Bréfritari: Skúli Bergþórsson
Viðtakandi: Jón Borgfirðingur
Dagsetning: A-1865-02-15
Skrifað á: Meyjarland  Skag.

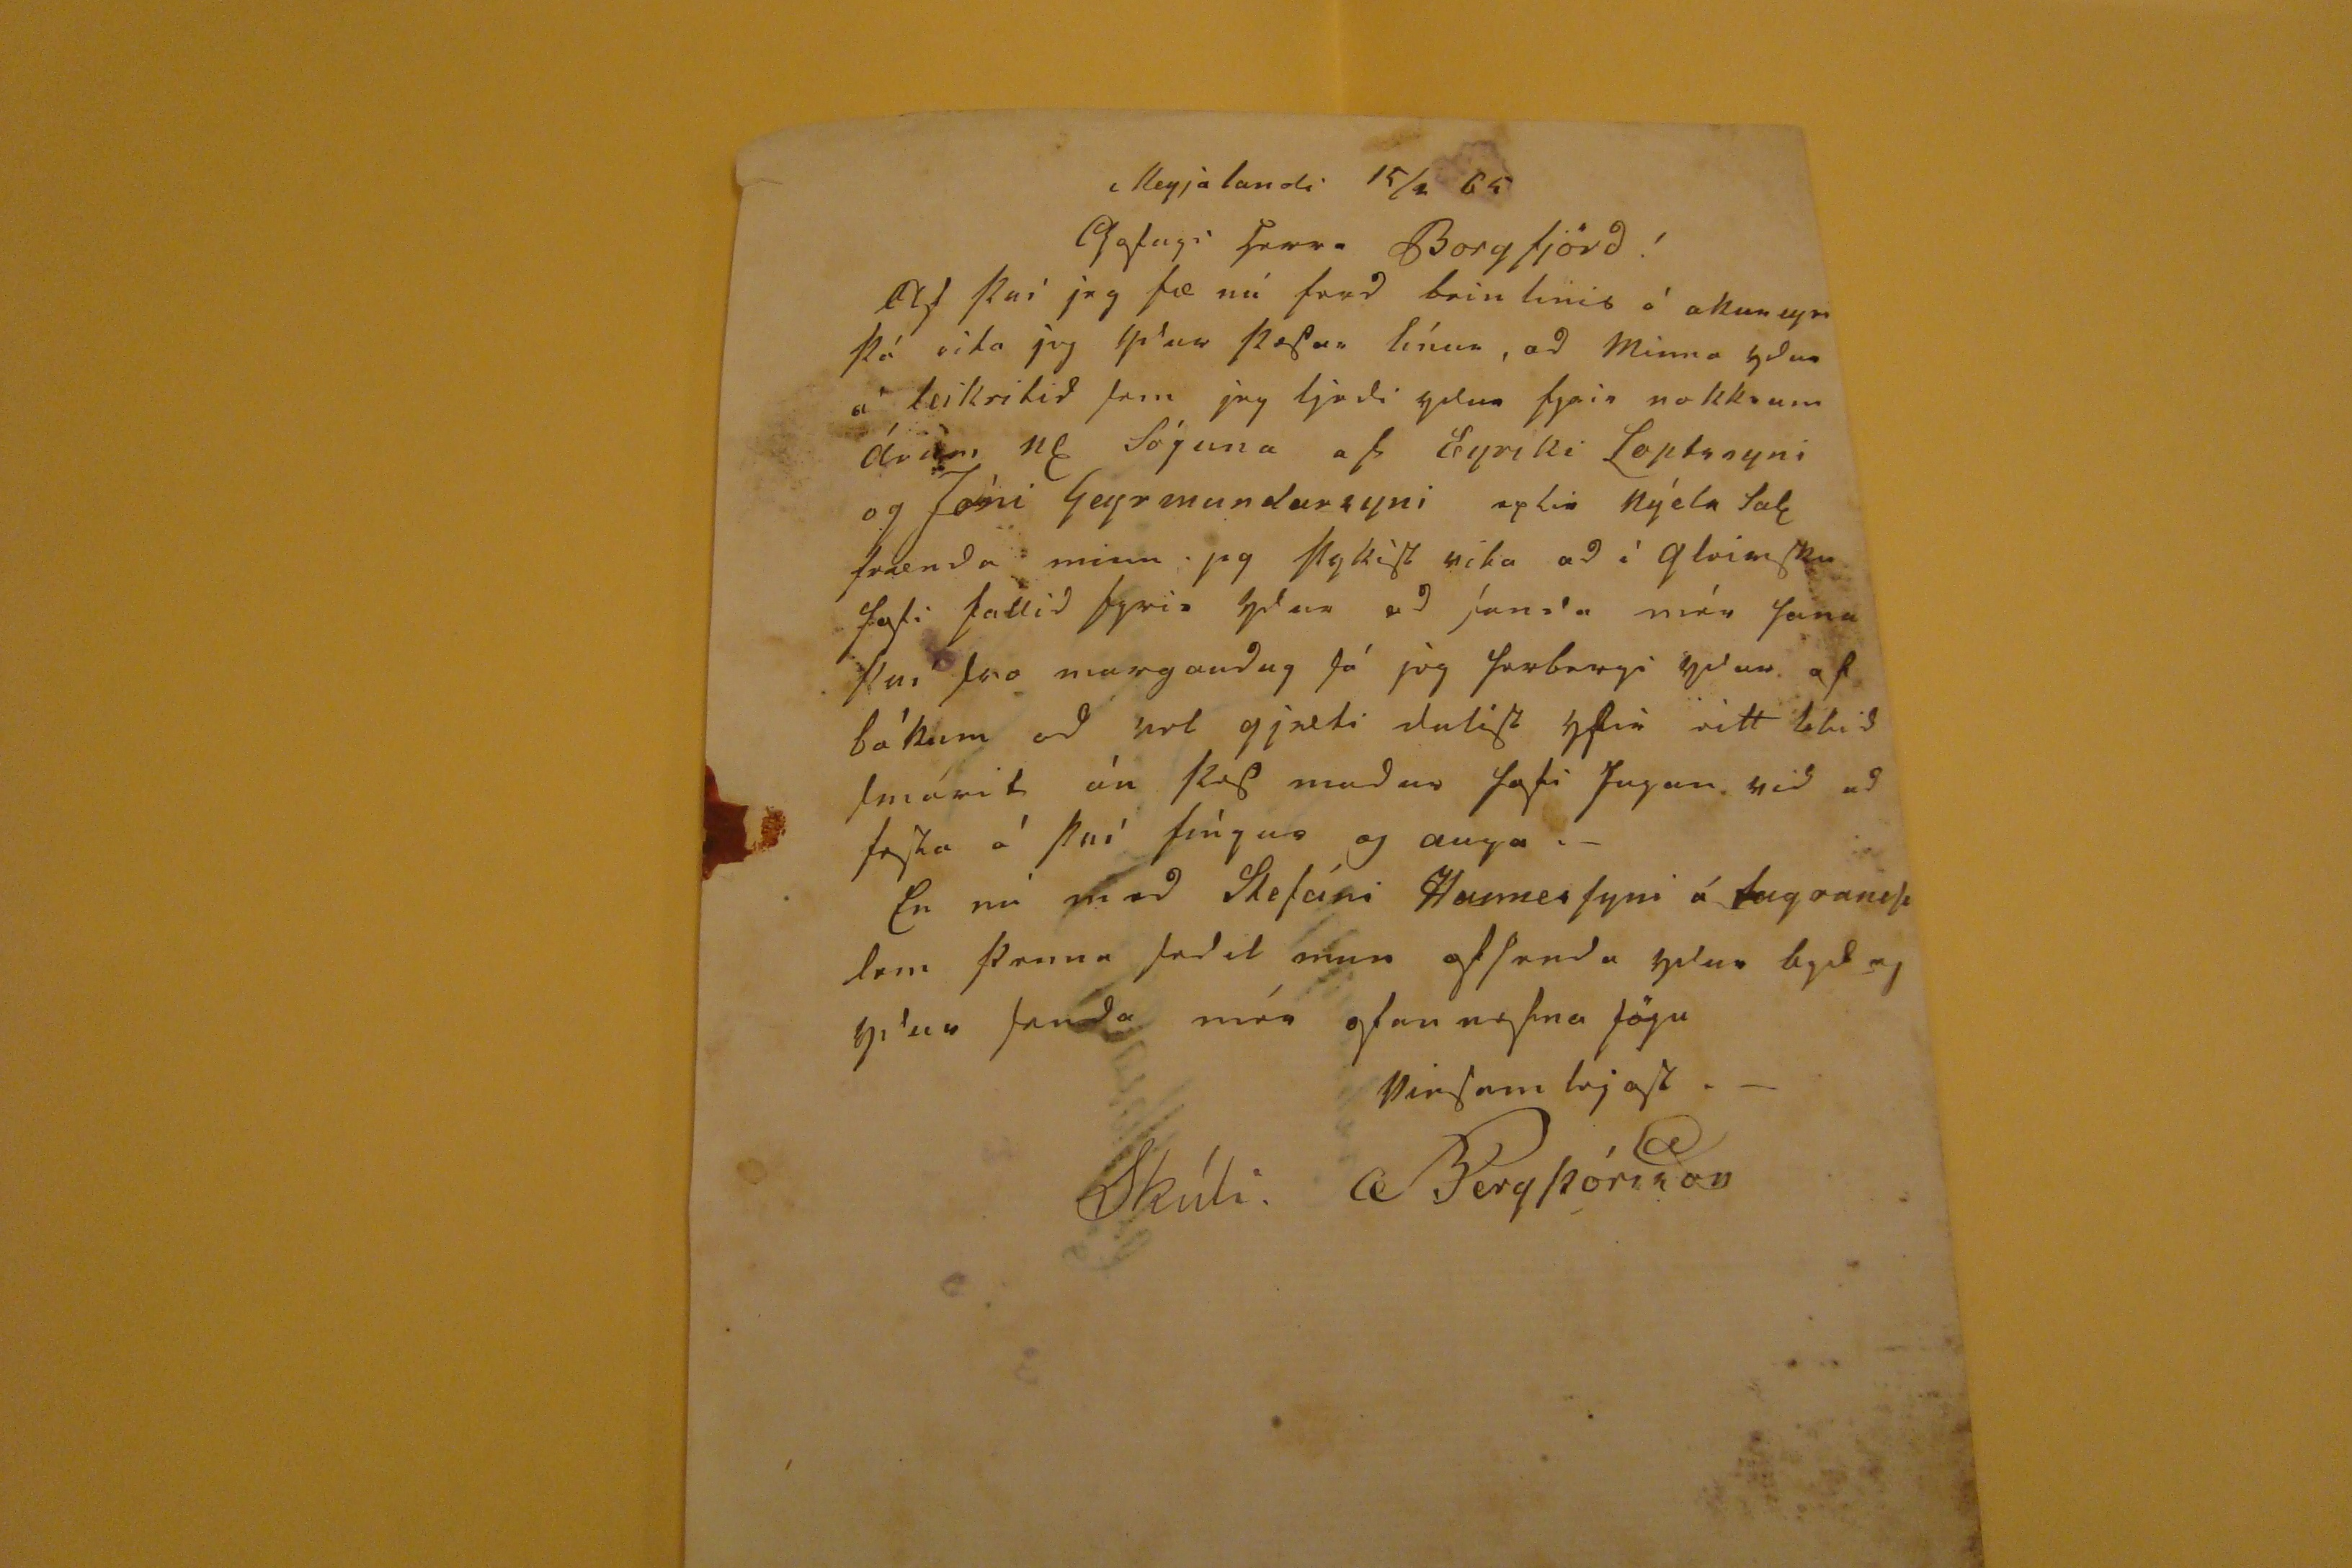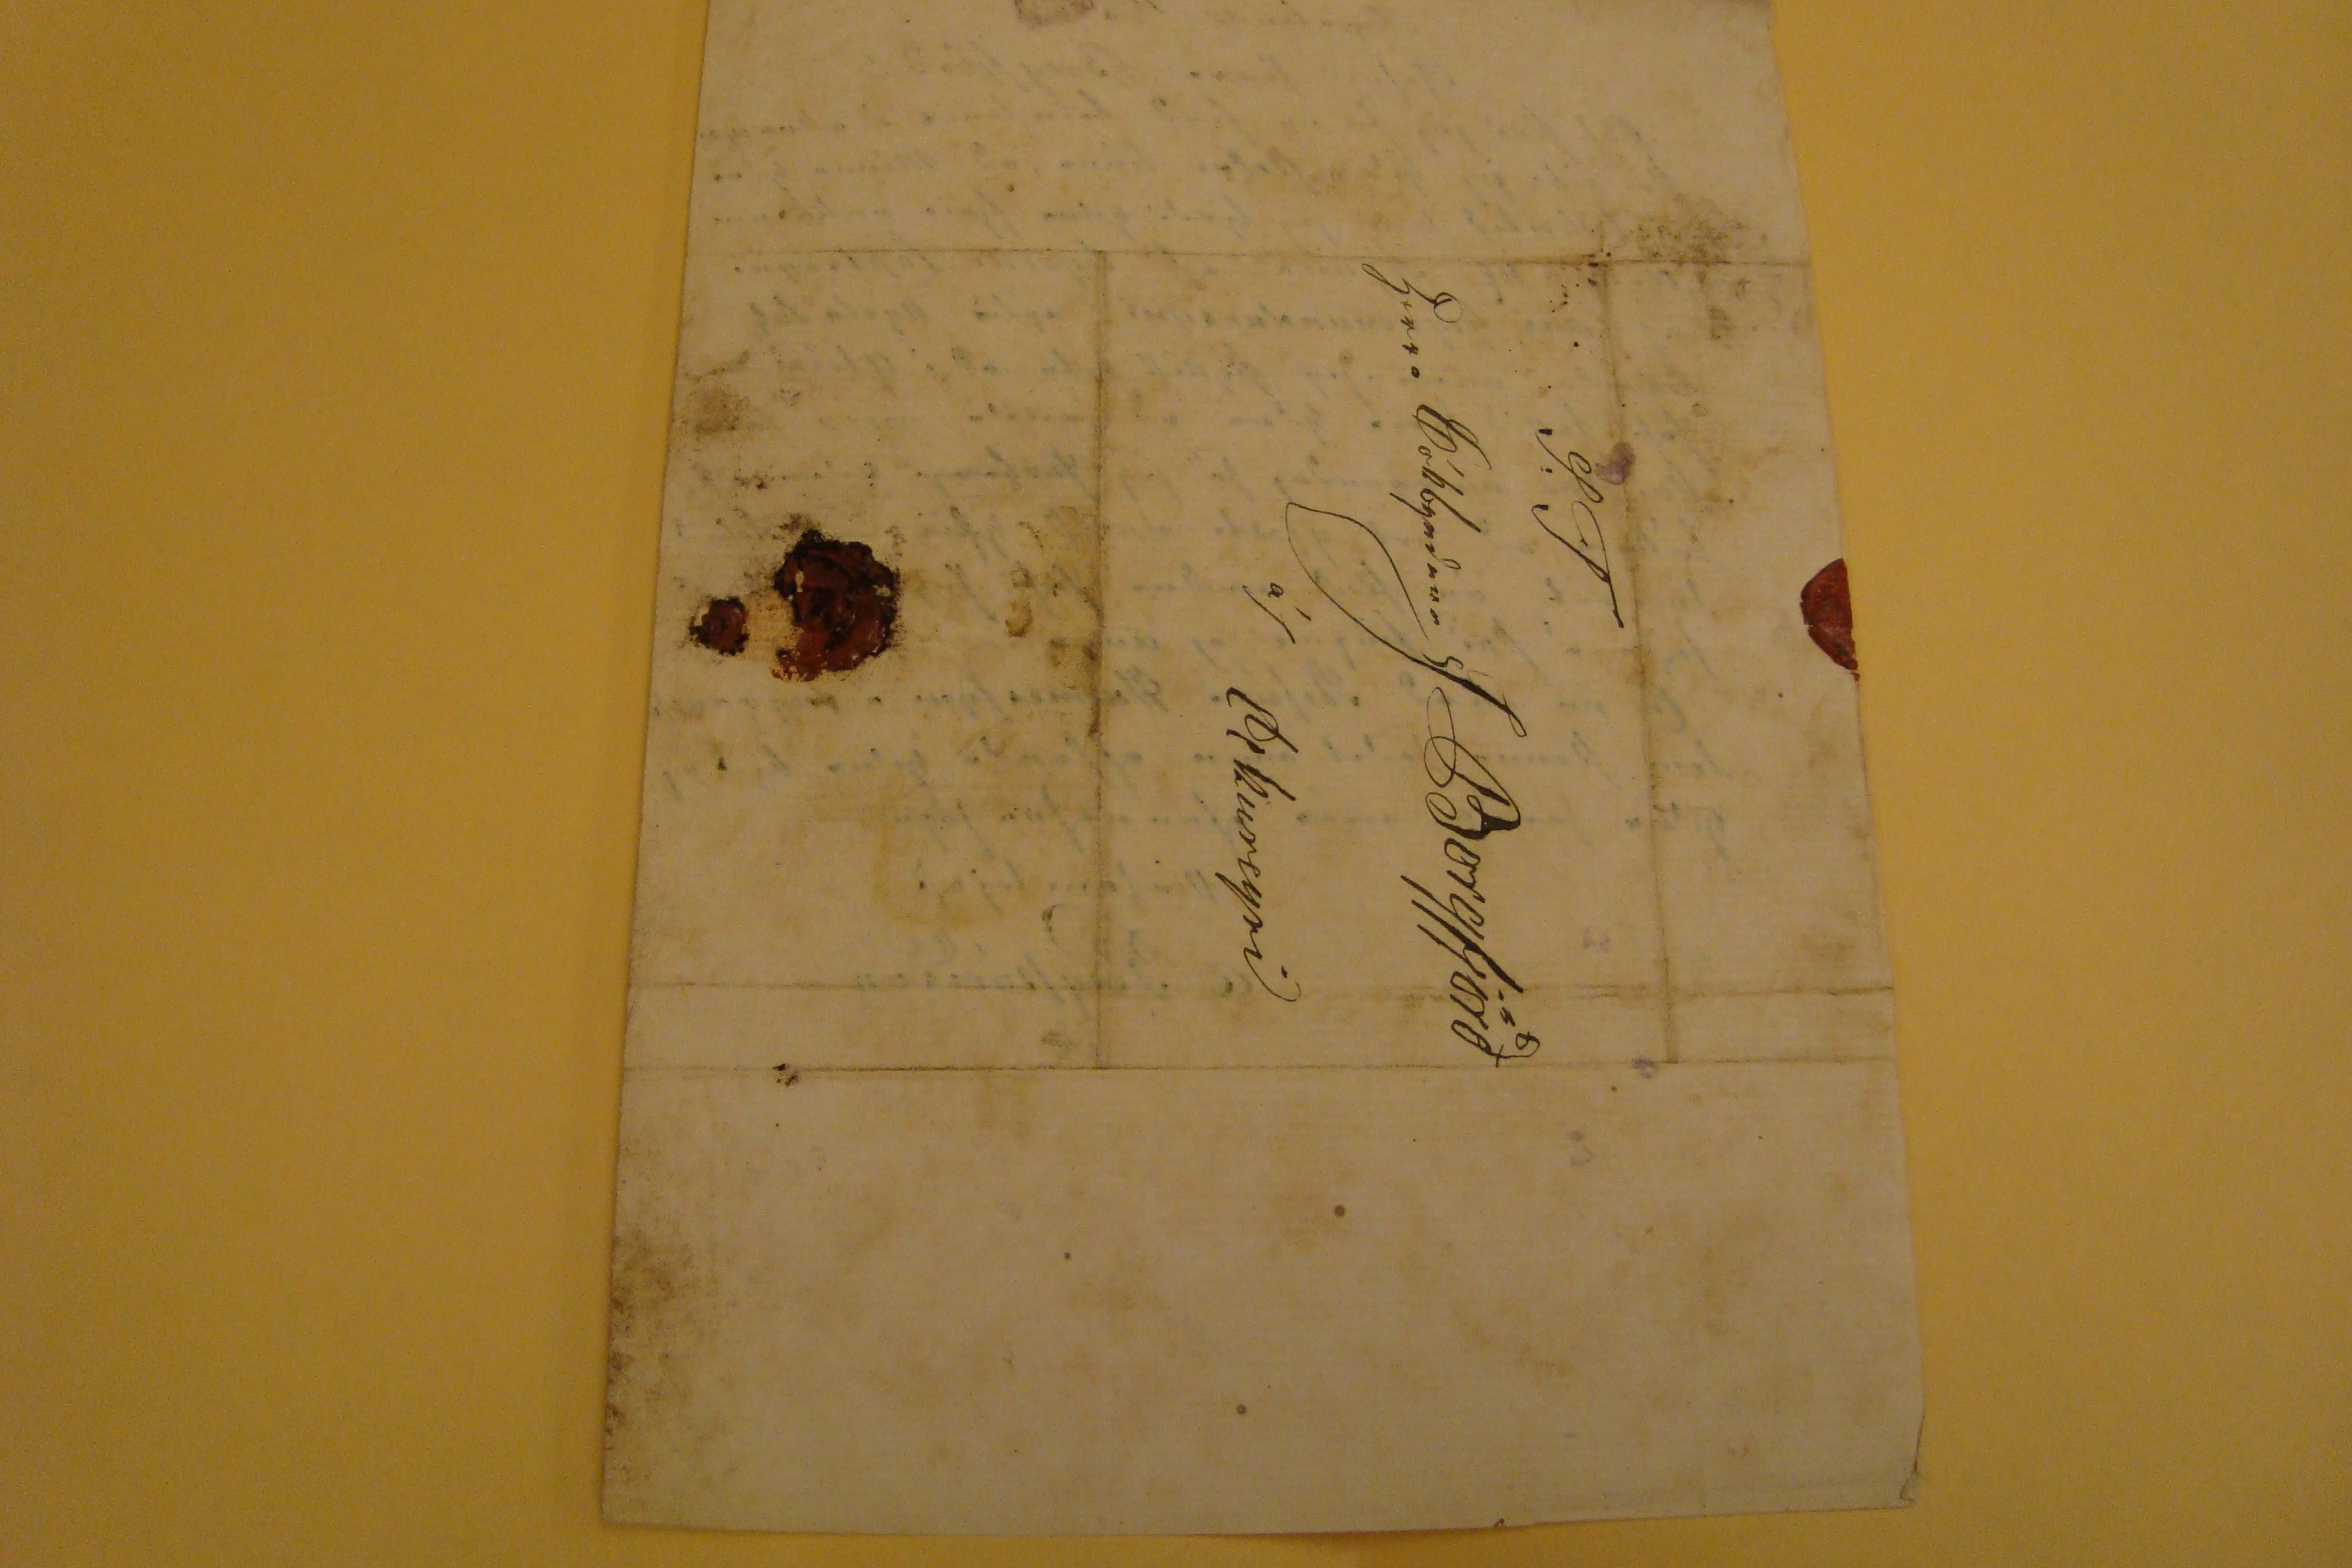

Meyjalandi 15/2 65
Gofugi herra Borgfjörd!
Ad því jeg fæ nú ferd beinlinis á akureyri þá rita jeg Ydur þesar línur, ad Minna ydur á leikritid Sem jeg ljadi ydur fyrir nokkrum Árum
nl
Sóguna af Eyriki Loptssyni og Jòni Geyrmundarsyni eptir
nýeln tal
fraenda minn. jeg þykist vita ad ì gleimsku lofi fallid fyrir ydur ad
sanra
mér Sona því Svo margaudug Sá jeg
forbaugi
ydar af bòkum ad vel gjefi daligt yfir eitt
bladsmarit
án þes madur lofi
Sagan sjed ad feika
à því fìngur og auga.-
En nú
ni
ad Stefáni HannesSyni á
tugraneSslam
þenna fedil mun oflanda ydur legd og ydur sanda mín ofan nefna Sögu
VinSamlejgst.-
Skúli. Bergþórsson
S.T
herra Bókbyndari J Borgfjörð
á/ Akureyri